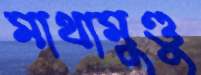
মাথামুণ্ডু